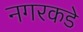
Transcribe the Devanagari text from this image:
नगरकडे